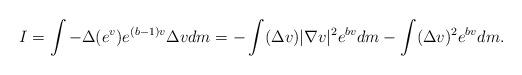
LaTeX: \begin{align*} I= \int -\Delta(e^v) e^{(b-1)v}\Delta v dm = -\int (\Delta v)|\nabla v|^2 e^{bv}dm - \int (\Delta v)^2 e^{bv}dm. \end{align*}